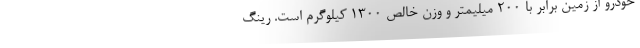
خودرو از زمین برابر با 200 میلیمتر و وزن خالص 1300 کیلوگرم است. رینگ